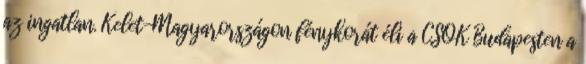
az ingatlan. Kelet-Magyarországon fénykorát éli a CSOK Budapesten a